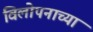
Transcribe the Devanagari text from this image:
विलोपनाच्या